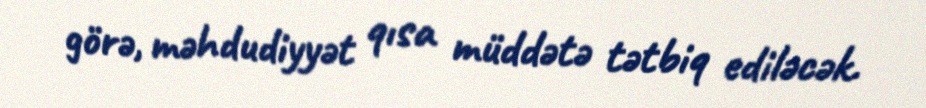
görə, məhdudiyyət qısa müddətə tətbiq ediləcək.